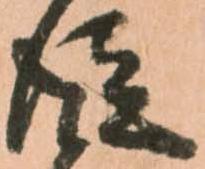
従